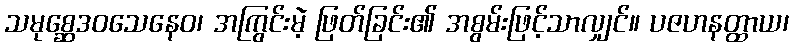
သမုစ္ဆေဒဝသေနေဝ၊ အကြွင်းမဲ့ ဖြတ်ခြင်း၏ အစွမ်းဖြင့်သာလျှင်။ ပဇဟနတ္ထာယ၊